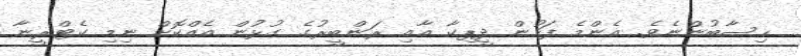
ހިސާބުންނެވެ. އެންމެ ފަހުން ދީޕިކާ އާއި ރަންބީރުގެ ގުޅުން އެއްކޮށް ނިމި ކެޓްރީނާ